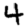
Digit: 4